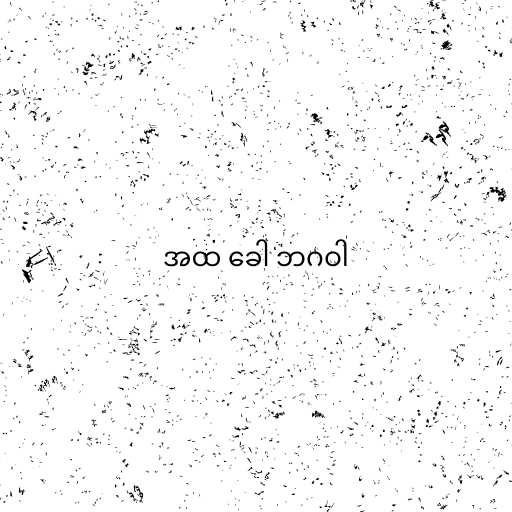
အထ ခေါ ဘဂဝါ